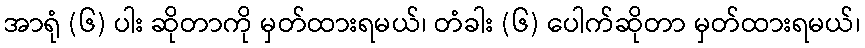
အာရုံ (၆) ပါး ဆိုတာကို မှတ်ထားရမယ်၊ တံခါး (၆) ပေါက်ဆိုတာ မှတ်ထားရမယ်၊